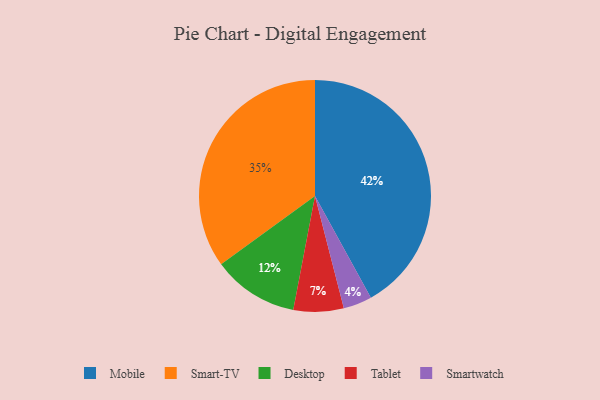
{"axis": {"x": "Category", "y": "Percentage"}, "legend": ["Desktop", "Mobile", "Smart-TV", "Smartwatch", "Tablet"], "data": [{"x": "Tablet", "y": 7, "type": "Tablet"}, {"x": "Mobile", "y": 42, "type": "Mobile"}, {"x": "Desktop", "y": 12, "type": "Desktop"}, {"x": "Smart-TV", "y": 35, "type": "Smart-TV"}, {"x": "Smartwatch", "y": 4, "type": "Smartwatch"}]}